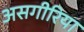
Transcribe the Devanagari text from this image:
असगीरिया